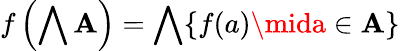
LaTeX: f\left(\bigwedge\mathbf{A}\right)=\bigwedge\{ f(a)\mida\in\mathbf{A}\}